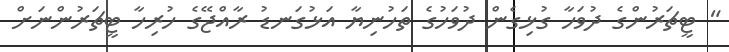
" ޓީޗަރުންގެ ދުވަހާ ގުޅިގެން ދުވަހުގެ ތަހުނިޔާ އަޅުގަނޑު ރާއްޖޭގެ ހުރިހާ ޓީޗަރުންނަށް